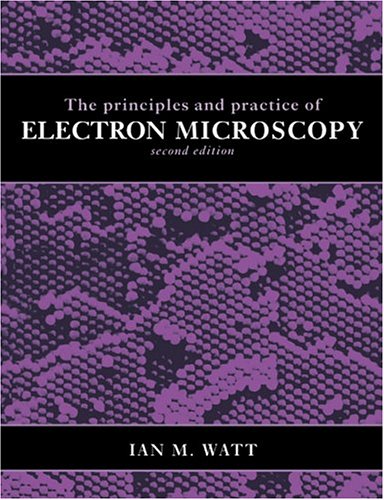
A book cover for The Principles and Practice of Electron Microscopy; Ian M. Watt; Science & Math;